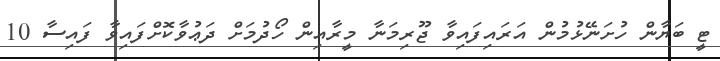
ޓީ ބަޔާން ހުށަނޭޅުމުން އަރައިފައިވާ ޖޫރިމަނާ މީރާއިން ހޯދުމަށް ދަޢުވާކޮށްފައިވާ ފައިސާ 10